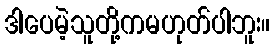
ဒါပေမဲ့သူတို့ကမဟုတ်ပါဘူး။